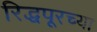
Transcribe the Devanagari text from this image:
रिद्धपूरच्या